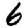
Digit: 6